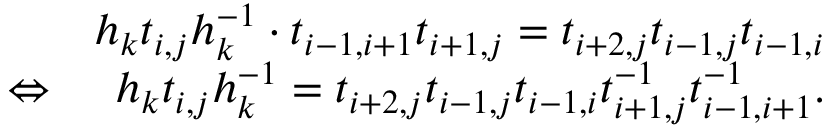
\begin{array} { r l r } & { } & { h _ { k } t _ { i , j } h _ { k } ^ { - 1 } \cdot t _ { i - 1 , i + 1 } t _ { i + 1 , j } = t _ { i + 2 , j } t _ { i - 1 , j } t _ { i - 1 , i } } \\ & { \Leftrightarrow } & { h _ { k } t _ { i , j } h _ { k } ^ { - 1 } = t _ { i + 2 , j } t _ { i - 1 , j } t _ { i - 1 , i } t _ { i + 1 , j } ^ { - 1 } t _ { i - 1 , i + 1 } ^ { - 1 } . } \end{array}